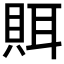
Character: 𰷀